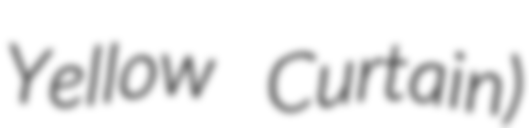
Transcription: Yellow Curtain)